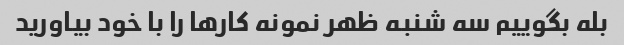
بله بگوییم سه شنبه ظهر نمونه کارها را با خود بیاورید